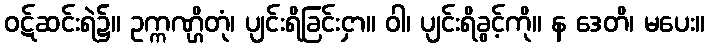
ဝဋ်ဆင်းရဲ၌။ ဥက္ကဏ္ဌိတုံ၊ ပျင်းရိခြင်းငှာ။ ဝါ၊ ပျင်းရိခွင့်ကို။ န ဒေတိ၊ မပေး။